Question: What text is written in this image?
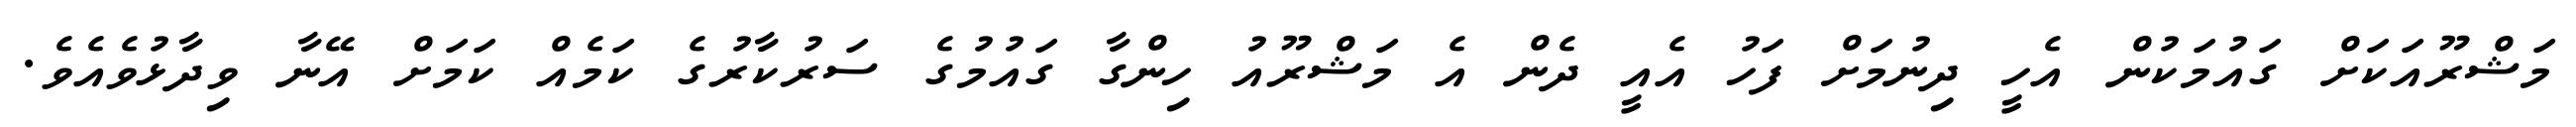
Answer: މަޝްރޫއަކަށް ގައުމަކުން އެހީ ދިނުމަށް ފަހު އެއީ ދެން އެ މަޝްރޫއު ހިންގާ ގައުމުގެ ސަރުކާރުގެ ކަމެއް ކަމަށް އޭނާ ވިދާޅުވެއެވެ.